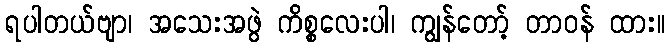
ရပါတယ်ဗျာ၊ အသေးအဖွဲ ကိစ္စလေးပါ၊ ကျွန်တော့် တာဝန် ထား။